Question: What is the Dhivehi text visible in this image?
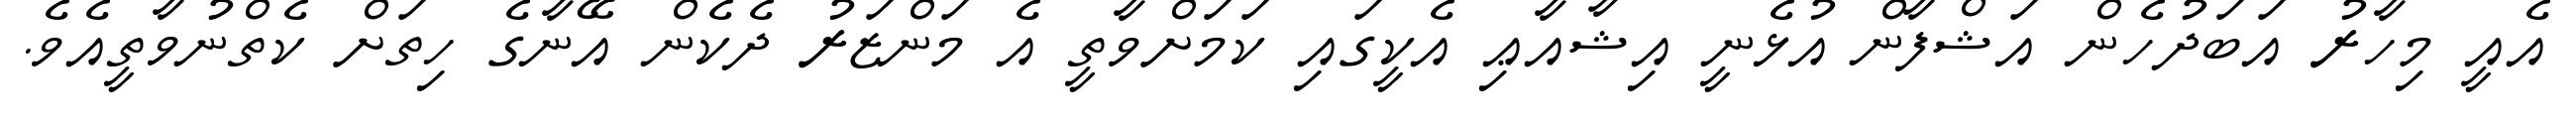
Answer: އެއީ މިހާރު އަބަދުހެން އަޝްފާން އުޅެނީ އިޝާއާޢި އެކީގައި ކަމަށްވާތީ އެ މަންޒަރު ދެކެން އޭނާގެ ހިތަށް ކެތްނުވާތީއެވެ.